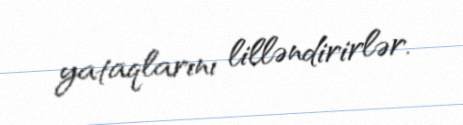
yataqlarını lilləndirirlər.